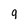
Character: q